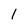
Character: 1